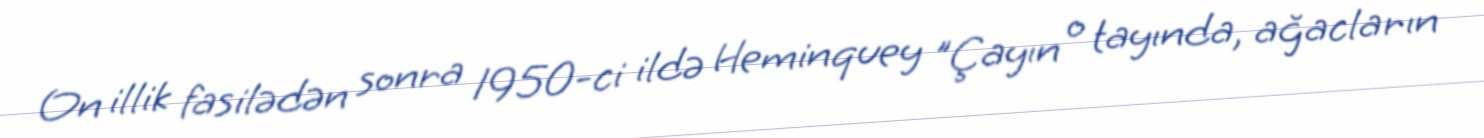
On illik fasilədən sonra 1950-ci ildə Heminquey "Çayın o tayında, ağacların